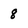
Character: 8